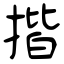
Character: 揩